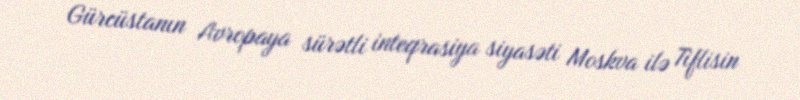
Gürcüstanın Avropaya sürətli inteqrasiya siyasəti Moskva ilə Tiflisin